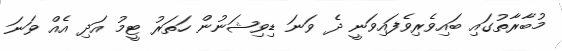
މުބާރާތުގައި ބައިވެރިވެފައިވަނީ ދެ ވަނަ ޑިވިޝަނުން ހަތަރު ޓީމު އަދި އެއް ވަނަ